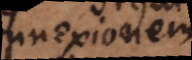
nnexionem